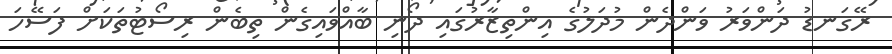
ރޭގަނޑު ދަންވަރު ވަންދެން މުދަލުގެ އިންތިޒާރުގައި ދޯނި ބާއްވައިގެން ތިބެން ރިސޯޓުތަކަށް ފަސޭހަ